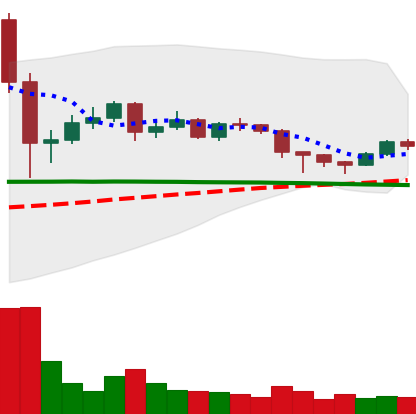
Ticker: DOGE-USD
Chart end date: 2020-12-14
Forward return: 21.541%
Label: up_7plus